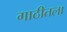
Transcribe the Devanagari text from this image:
गाठीतला